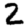
Digit: 2